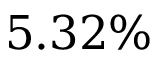
5 . 3 2 \%